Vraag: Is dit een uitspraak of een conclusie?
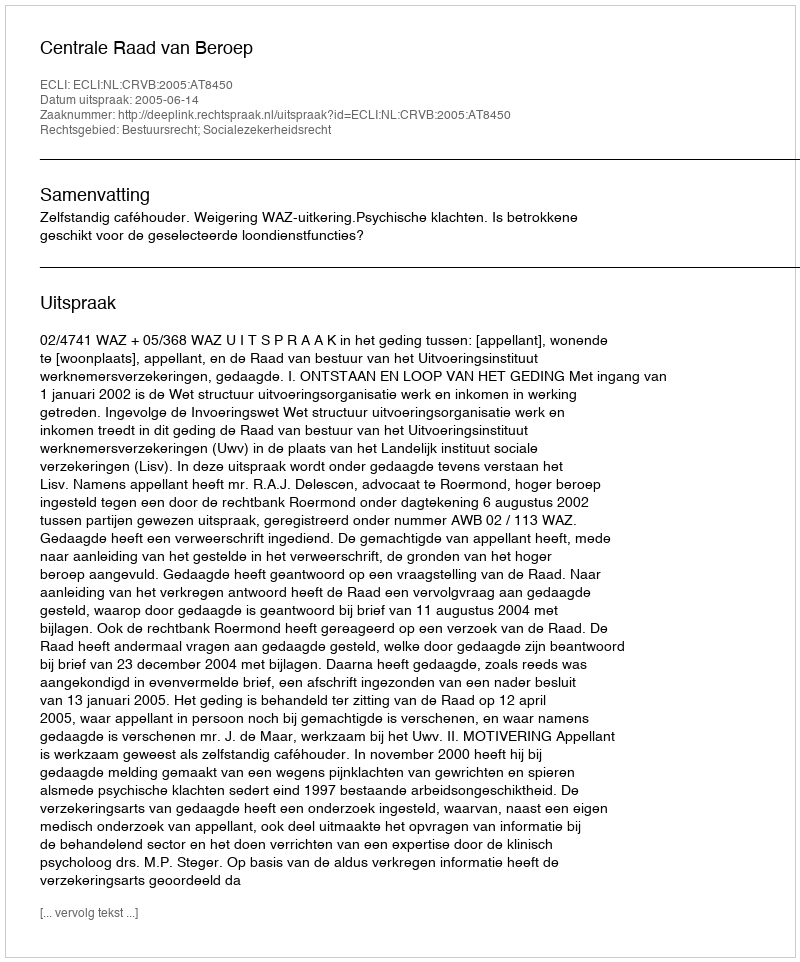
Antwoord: Uitspraak